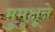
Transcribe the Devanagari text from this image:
मुमुक्षूने